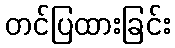
တင်ပြထားခြင်း